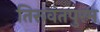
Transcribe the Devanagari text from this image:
तिरूवंतपुरम